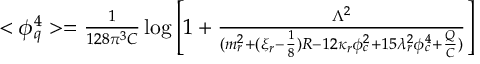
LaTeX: \begin{array} { l } { { < \phi _ { q } ^ { 4 } > = \frac 1 { 1 2 8 \pi ^ { 3 } C } \log \left[ 1 + \frac { \Lambda ^ { 2 } } { ( m _ { r } ^ { 2 } + ( \xi _ { r } - \frac 1 8 ) R - 1 2 \kappa _ { r } \phi _ { c } ^ { 2 } + 1 5 \lambda _ { r } ^ { 2 } \phi _ { c } ^ { 4 } + \frac Q C ) } \right] } } \end{array}